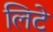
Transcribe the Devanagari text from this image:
लिटे